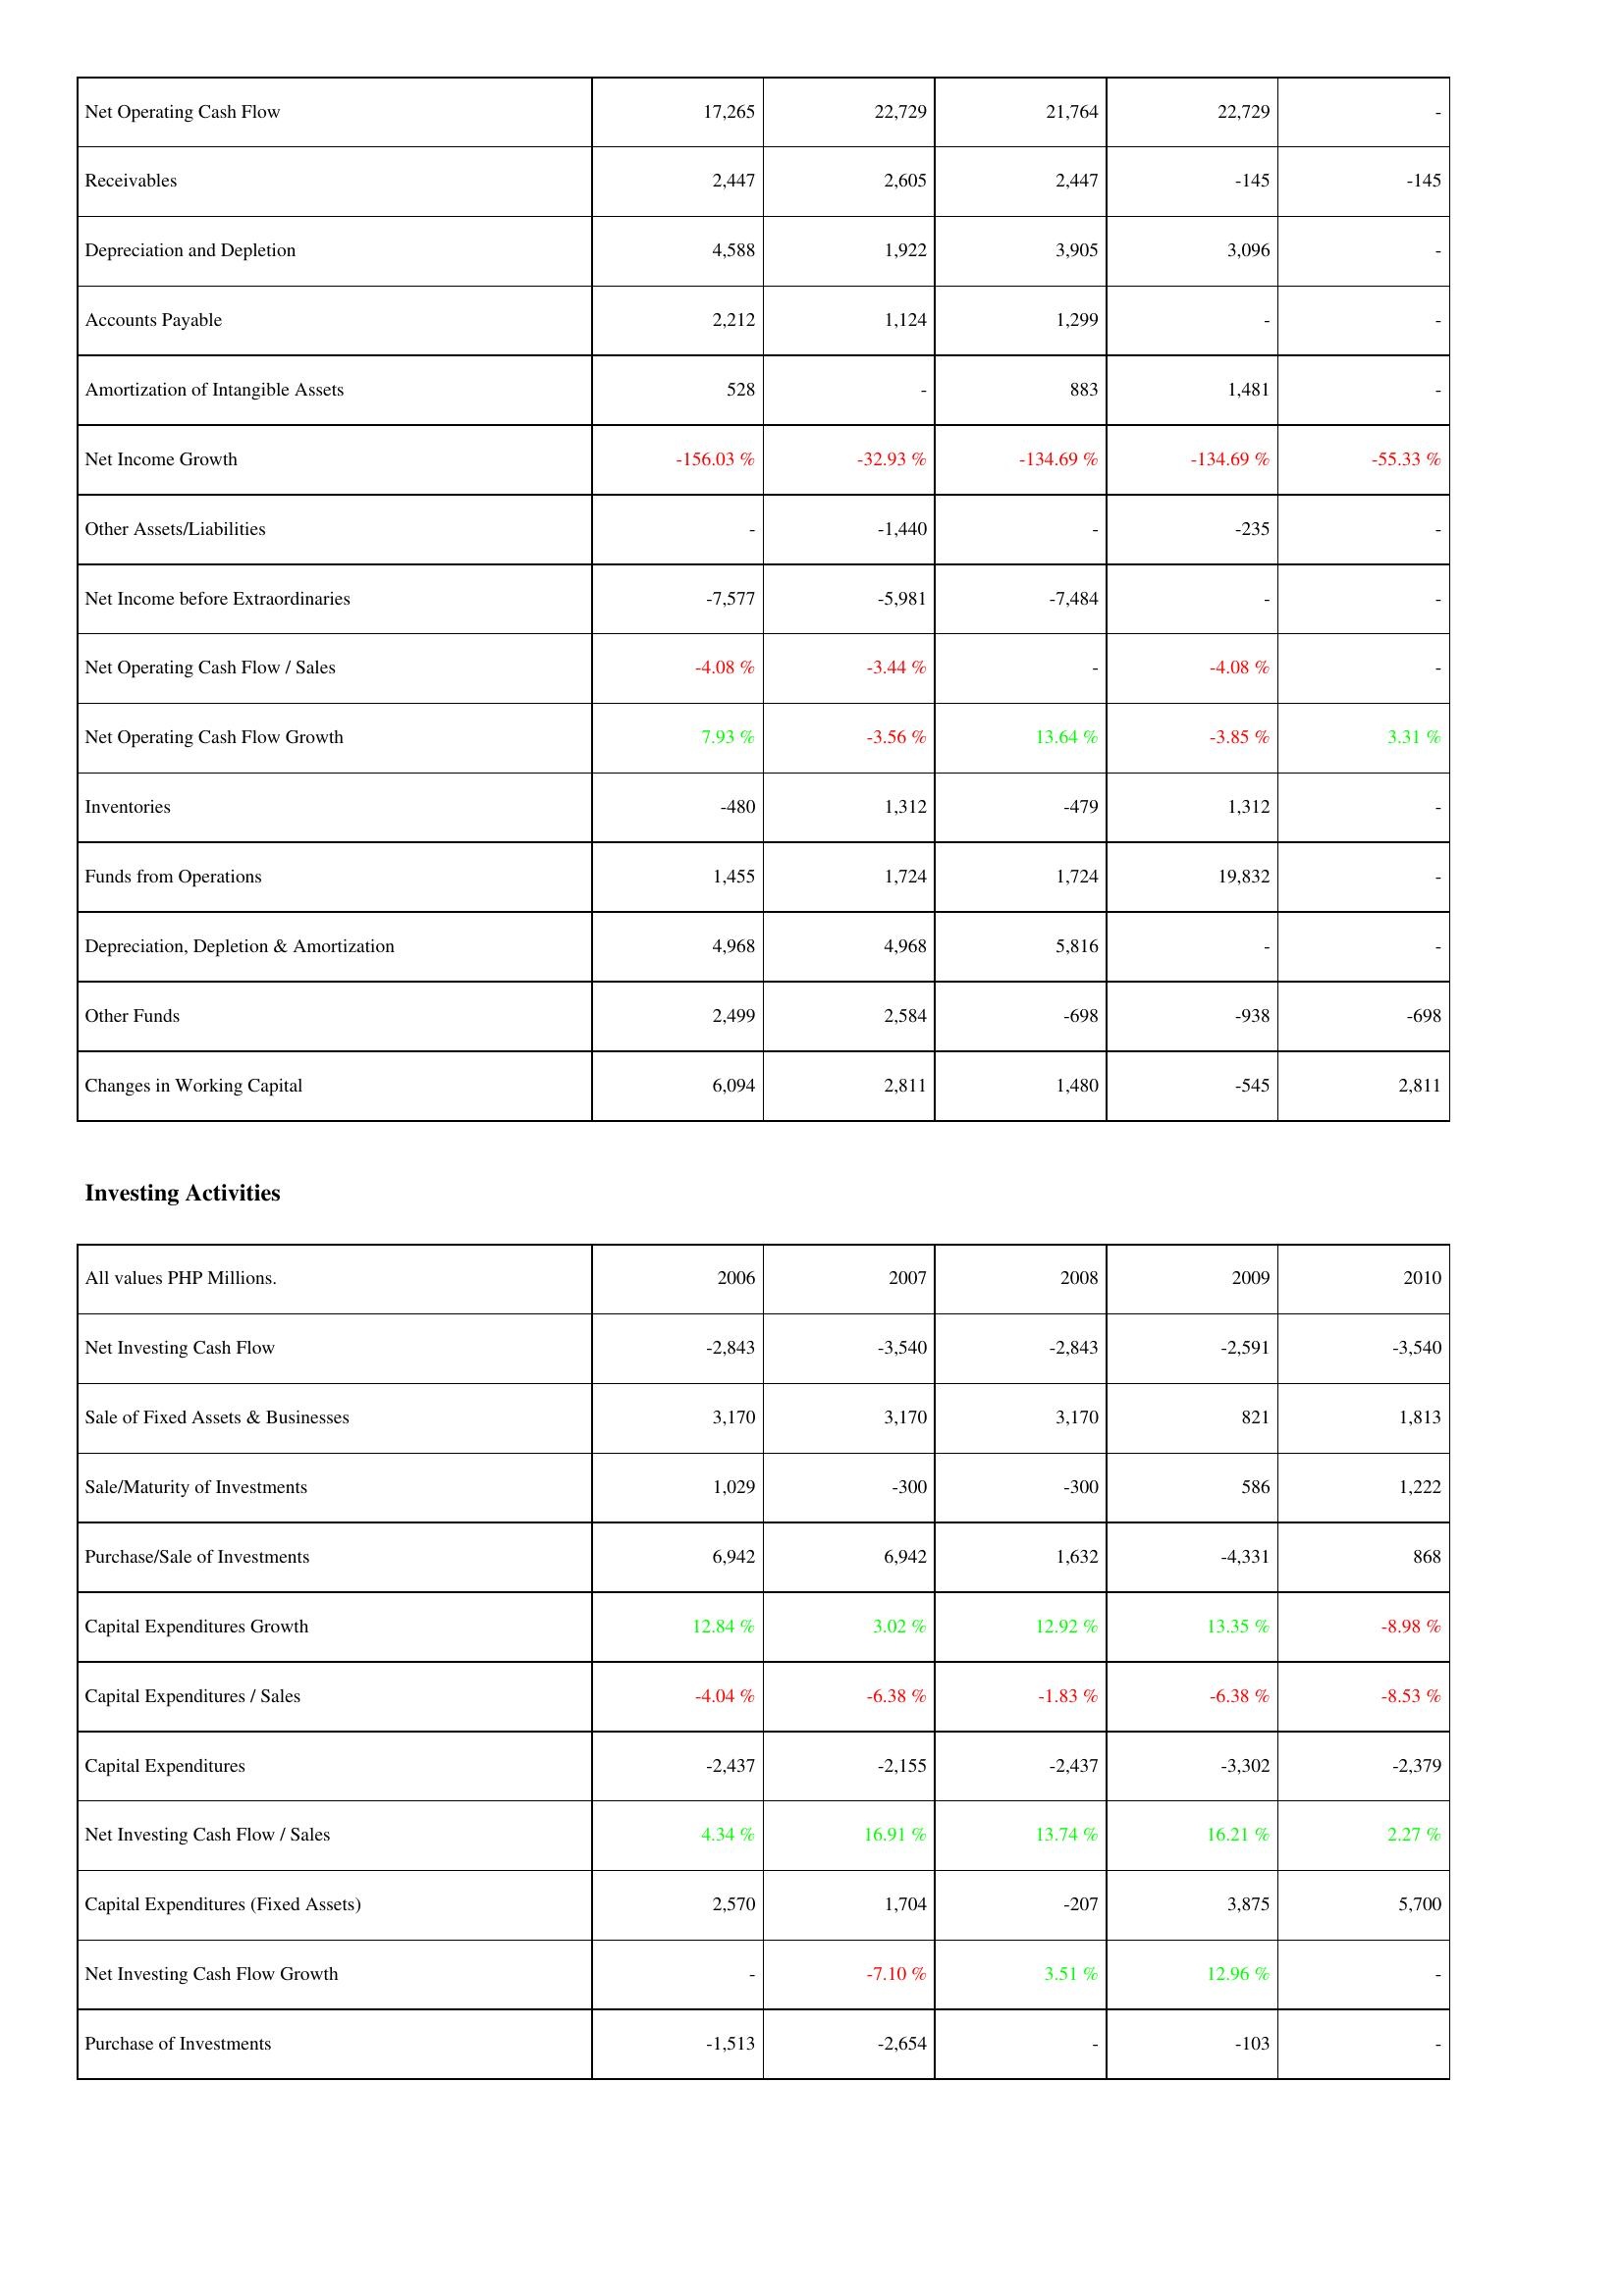
2006: Operating Activities: Net Operating Cash Flow: 17,265
Receivables: 2,447
Depreciation and Depletion: 4,588
Accounts Payable: 2,212
Amortization of Intangible Assets: 528
Net Income Growth: -156.03 %
Other Assets/Liabilities: -
Net Income before Extraordinaries: -7,577
Net Operating Cash Flow / Sales: -4.08 %
Net Operating Cash Flow Growth: 7.93 %
Inventories: -480
Funds from Operations: 1,455
Depreciation, Depletion & Amortization: 4,968
Other Funds: 2,499
Changes in Working Capital: 6,094
Investing Activities: Net Investing Cash Flow: -2,843
Sale of Fixed Assets & Businesses: 3,170
Sale/Maturity of Investments: 1,029
Purchase/Sale of Investments: 6,942
Capital Expenditures Growth: 12.84 %
Capital Expenditures / Sales: -4.04 %
Capital Expenditures: -2,437
Net Investing Cash Flow / Sales: 4.34 %
Capital Expenditures (Fixed Assets): 2,570
Net Investing Cash Flow Growth: -
Purchase of Investments: -1,513
2007: Operating Activities: Net Operating Cash Flow: 22,729
Receivables: 2,605
Depreciation and Depletion: 1,922
Accounts Payable: 1,124
Amortization of Intangible Assets: -
Net Income Growth: -32.93 %
Other Assets/Liabilities: -1,440
Net Income before Extraordinaries: -5,981
Net Operating Cash Flow / Sales: -3.44 %
Net Operating Cash Flow Growth: -3.56 %
Inventories: 1,312
Funds from Operations: 1,724
Depreciation, Depletion & Amortization: 4,968
Other Funds: 2,584
Changes in Working Capital: 2,811
Investing Activities: Net Investing Cash Flow: -3,540
Sale of Fixed Assets & Businesses: 3,170
Sale/Maturity of Investments: -300
Purchase/Sale of Investments: 6,942
Capital Expenditures Growth: 3.02 %
Capital Expenditures / Sales: -6.38 %
Capital Expenditures: -2,155
Net Investing Cash Flow / Sales: 16.91 %
Capital Expenditures (Fixed Assets): 1,704
Net Investing Cash Flow Growth: -7.10 %
Purchase of Investments: -2,654
2008: Operating Activities: Net Operating Cash Flow: 21,764
Receivables: 2,447
Depreciation and Depletion: 3,905
Accounts Payable: 1,299
Amortization of Intangible Assets: 883
Net Income Growth: -134.69 %
Other Assets/Liabilities: -
Net Income before Extraordinaries: -7,484
Net Operating Cash Flow / Sales: -
Net Operating Cash Flow Growth: 13.64 %
Inventories: -479
Funds from Operations: 1,724
Depreciation, Depletion & Amortization: 5,816
Other Funds: -698
Changes in Working Capital: 1,480
Investing Activities: Net Investing Cash Flow: -2,843
Sale of Fixed Assets & Businesses: 3,170
Sale/Maturity of Investments: -300
Purchase/Sale of Investments: 1,632
Capital Expenditures Growth: 12.92 %
Capital Expenditures / Sales: -1.83 %
Capital Expenditures: -2,437
Net Investing Cash Flow / Sales: 13.74 %
Capital Expenditures (Fixed Assets): -207
Net Investing Cash Flow Growth: 3.51 %
Purchase of Investments: -
2009: Operating Activities: Net Operating Cash Flow: 22,729
Receivables: -145
Depreciation and Depletion: 3,096
Accounts Payable: -
Amortization of Intangible Assets: 1,481
Net Income Growth: -134.69 %
Other Assets/Liabilities: -235
Net Income before Extraordinaries: -
Net Operating Cash Flow / Sales: -4.08 %
Net Operating Cash Flow Growth: -3.85 %
Inventories: 1,312
Funds from Operations: 19,832
Depreciation, Depletion & Amortization: -
Other Funds: -938
Changes in Working Capital: -545
Investing Activities: Net Investing Cash Flow: -2,591
Sale of Fixed Assets & Businesses: 821
Sale/Maturity of Investments: 586
Purchase/Sale of Investments: -4,331
Capital Expenditures Growth: 13.35 %
Capital Expenditures / Sales: -6.38 %
Capital Expenditures: -3,302
Net Investing Cash Flow / Sales: 16.21 %
Capital Expenditures (Fixed Assets): 3,875
Net Investing Cash Flow Growth: 12.96 %
Purchase of Investments: -103
2010: Operating Activities: Net Operating Cash Flow: -
Receivables: -145
Depreciation and Depletion: -
Accounts Payable: -
Amortization of Intangible Assets: -
Net Income Growth: -55.33 %
Other Assets/Liabilities: -
Net Income before Extraordinaries: -
Net Operating Cash Flow / Sales: -
Net Operating Cash Flow Growth: 3.31 %
Inventories: -
Funds from Operations: -
Depreciation, Depletion & Amortization: -
Other Funds: -698
Changes in Working Capital: 2,811
Investing Activities: Net Investing Cash Flow: -3,540
Sale of Fixed Assets & Businesses: 1,813
Sale/Maturity of Investments: 1,222
Purchase/Sale of Investments: 868
Capital Expenditures Growth: -8.98 %
Capital Expenditures / Sales: -8.53 %
Capital Expenditures: -2,379
Net Investing Cash Flow / Sales: 2.27 %
Capital Expenditures (Fixed Assets): 5,700
Net Investing Cash Flow Growth: -
Purchase of Investments: -